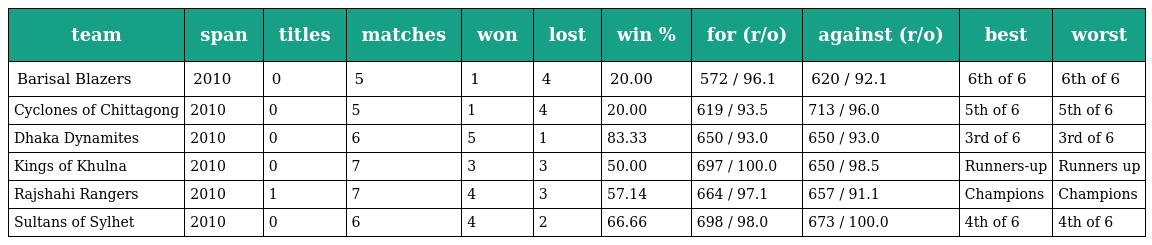
| team | span | titles | matches | won | lost | win % | for (r/o) | against (r/o) | best | worst |
 | --- | --- | --- | --- | --- | --- | --- | --- | --- | --- | --- |
 | Barisal Blazers | 2010 | 0 | 5 | 1 | 4 | 20.00 | 572 / 96.1 | 620 / 92.1 | 6th of 6 | 6th of 6 |
 | Cyclones of Chittagong | 2010 | 0 | 5 | 1 | 4 | 20.00 | 619 / 93.5 | 713 / 96.0 | 5th of 6 | 5th of 6 |
 | Dhaka Dynamites | 2010 | 0 | 6 | 5 | 1 | 83.33 | 650 / 93.0 | 650 / 93.0 | 3rd of 6 | 3rd of 6 |
 | Kings of Khulna | 2010 | 0 | 7 | 3 | 3 | 50.00 | 697 / 100.0 | 650 / 98.5 | Runners-up | Runners up |
 | Rajshahi Rangers | 2010 | 1 | 7 | 4 | 3 | 57.14 | 664 / 97.1 | 657 / 91.1 | Champions | Champions |
 | Sultans of Sylhet | 2010 | 0 | 6 | 4 | 2 | 66.66 | 698 / 98.0 | 673 / 100.0 | 4th of 6 | 4th of 6 |